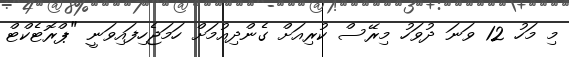
މި މަހު 12 ވަނަ ދުވަހު މިރޭސް ކުރިއަށް ގެންދިއުމަށް ހަމަޖެހިފައިވަނީ "ޕްރޮޓެކްޓް